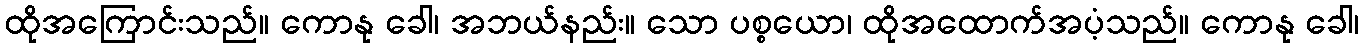
ထိုအကြောင်းသည်။ ကောနု ခေါ၊ အဘယ်နည်း။ သော ပစ္စယော၊ ထိုအထောက်အပံ့သည်။ ကောနု ခေါ၊